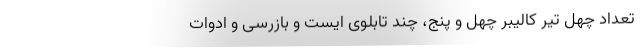
تعداد چهل تیر کالیبر چهل و پنج، چند تابلوی ایست و بازرسی و ادوات